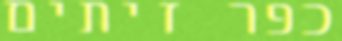
כפר זיתים